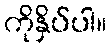
ကိုနှိပ်ပါ။